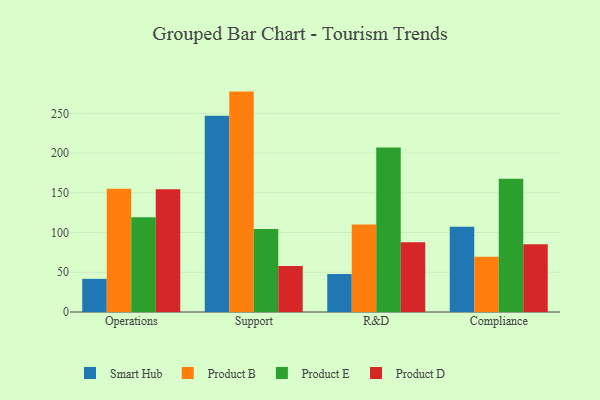
{"axis": {"x": "Department", "y": "Page Views"}, "legend": ["Product B", "Product D", "Product E", "Smart Hub"], "data": [{"x": "Operations", "y": 41.7, "type": "Smart Hub"}, {"x": "Operations", "y": 155.2, "type": "Product B"}, {"x": "Operations", "y": 119.3, "type": "Product E"}, {"x": "Operations", "y": 154.3, "type": "Product D"}, {"x": "Support", "y": 246.9, "type": "Smart Hub"}, {"x": "Support", "y": 277.3, "type": "Product B"}, {"x": "Support", "y": 104.4, "type": "Product E"}, {"x": "Support", "y": 57.9, "type": "Product D"}, {"x": "R&D", "y": 47.8, "type": "Smart Hub"}, {"x": "R&D", "y": 110.1, "type": "Product B"}, {"x": "R&D", "y": 207.1, "type": "Product E"}, {"x": "R&D", "y": 87.8, "type": "Product D"}, {"x": "Compliance", "y": 107.2, "type": "Smart Hub"}, {"x": "Compliance", "y": 69.5, "type": "Product B"}, {"x": "Compliance", "y": 167.5, "type": "Product E"}, {"x": "Compliance", "y": 85.3, "type": "Product D"}]}